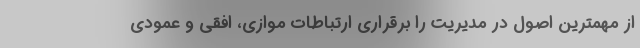
از مهمترین اصول در مدیریت را برقراری ارتباطات موازی، افقی و عمودی